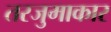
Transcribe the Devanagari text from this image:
तरजुमाकार